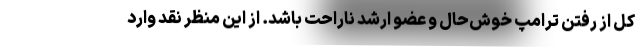
کل از رفتن ترامپ خوش‌حال و عضو ارشد ناراحت باشد. از این منظر نقد وارد